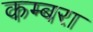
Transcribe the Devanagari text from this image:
कम्बरा